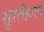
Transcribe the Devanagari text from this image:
सूरतेहाल